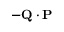
- \mathbf { Q } \cdot \mathbf { P }